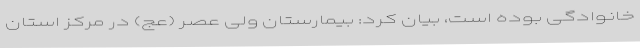
خانوادگی بوده است، بیان کرد: بیمارستان ولی عصر (عج) در مرکز استان